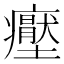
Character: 𭼶